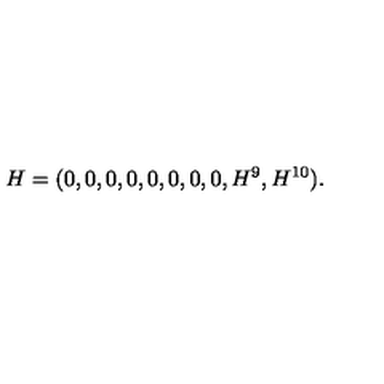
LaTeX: H = ( 0 , 0 , 0 , 0 , 0 , 0 , 0 , 0 , H ^ { 9 } , H ^ { 1 0 } ) .